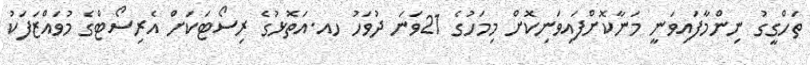
ތަހްގީގު ނިންމާފައިވަނީ މަނާކޮށްފައިވަނިކޮށް މިމަހުގެ 21ވަނަ ދުވަހު ހއ.އަތޮޅުގެ ރިސޯޓަކަށް އެރިސޯޓްގެ މުވައްޒަފަކު